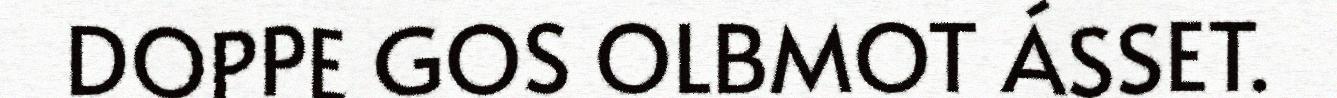
DOPPE GOS OLBMOT ÁSSET.